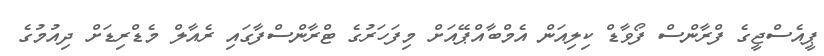
ޕީއެސްޖީގެ ފްރާންސް ފޯވާޑް ކިލިއަން އެމްބާއްޕޭއަށް މިފަހަރުގެ ޓްރާންސްފާގައި ރެއާލް މެޑްރިޑަށް ދިއުމުގެ